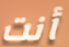
أنت